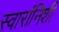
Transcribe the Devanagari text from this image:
स्वारांनिशी